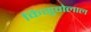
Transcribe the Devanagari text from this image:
किसुवोलाल